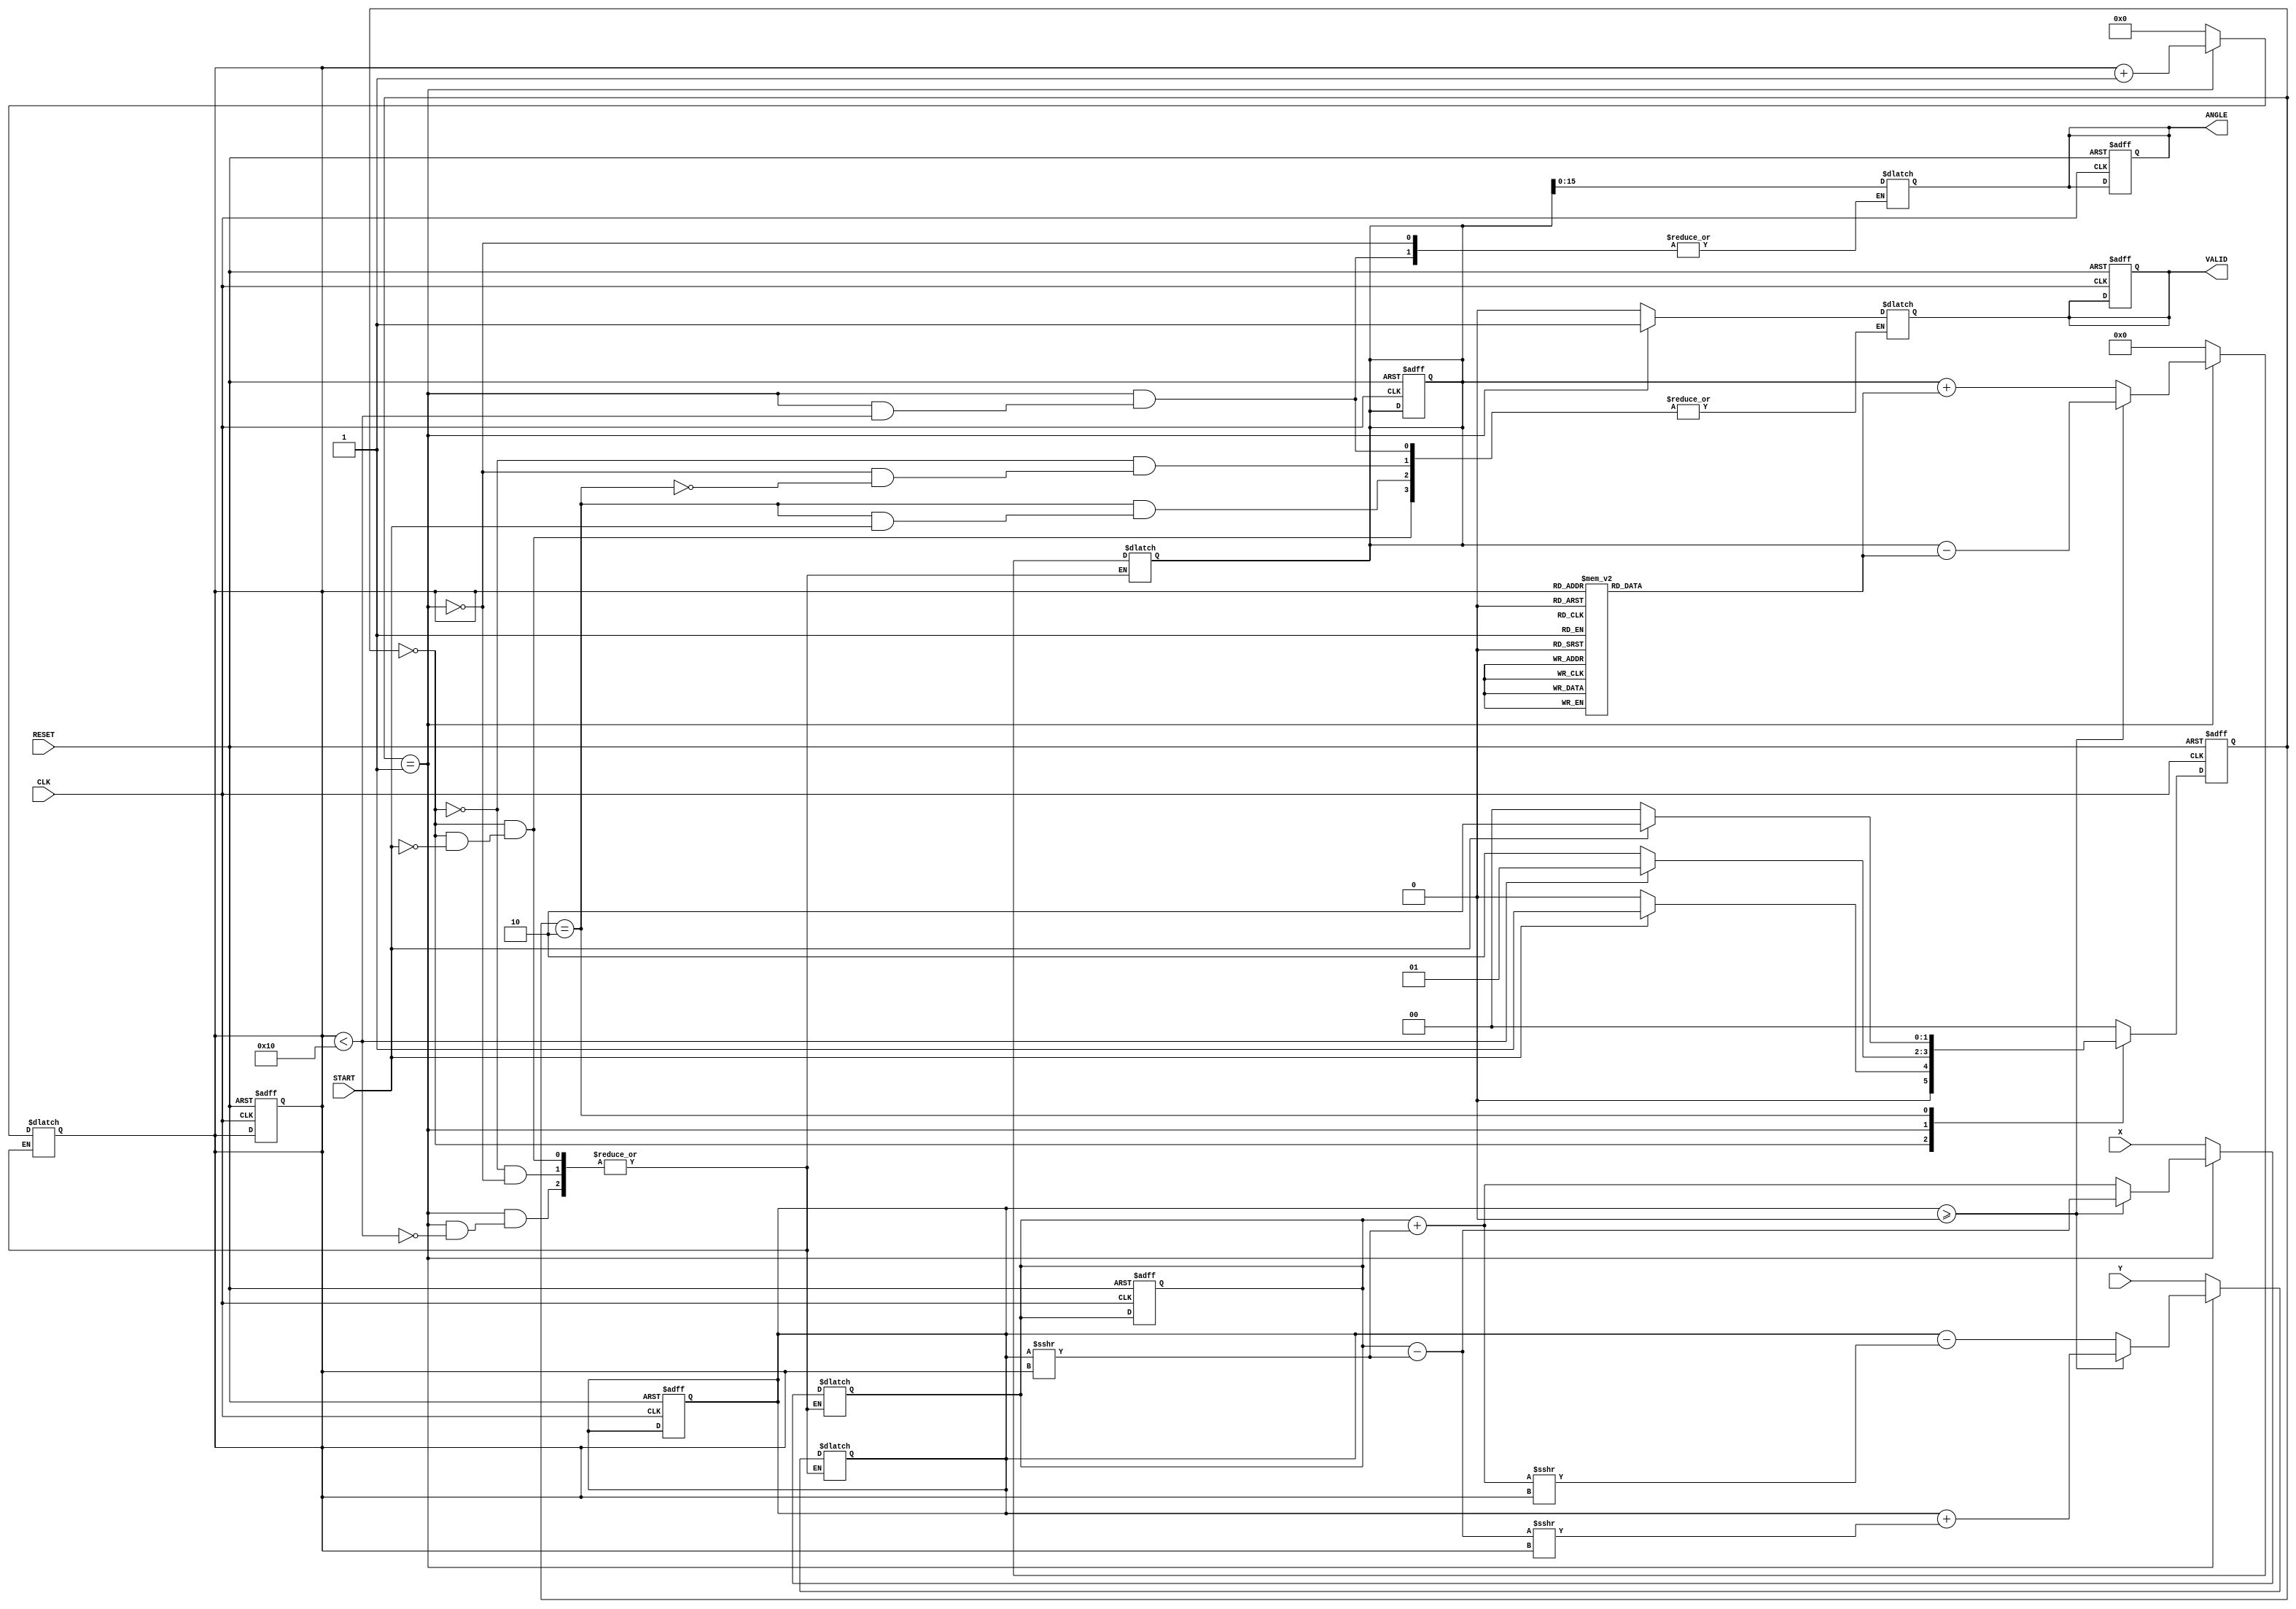
module vectoring_cordic (
    input signed [15:0] X,         // X-coordinate input
    input signed [15:0] Y,         // Y-coordinate input
    input CLK,                     // Clock signal
    input RESET,                   // Asynchronous reset
    input START,                   // Start signal
    output reg signed [15:0] ANGLE, // Computed angle output
    output reg VALID               // Valid signal
);

    // Internal registers and parameters
    reg signed [15:0] X_reg, Y_reg; // Registers for X and Y
    reg signed [31:0] Z;             // Accumulating angle value
    reg [3:0] iter;                  // Iteration counter
    reg [1:0] state;                 // FSM state
    reg [1:0] next_state;            // Next state for FSM

    // CORDIC angle lookup table (in fixed-point representation)
    reg signed [31:0] atan_table [0:15];
    initial begin
        atan_table[0] = 32'h00000000; // atan(2^0) = 0
        atan_table[1] = 32'h0000003F; // atan(2^-1) = 0.785398 (/4)
        atan_table[2] = 32'h00000020; // atan(2^-2) = 0.463648 (approx)
        atan_table[3] = 32'h00000015; // atan(2^-3) = 0.244979 (approx)
        atan_table[4] = 32'h0000000C; // atan(2^-4) = 0.124389 (approx)
        atan_table[5] = 32'h00000008; // atan(2^-5) = 0.062418 (approx)
        atan_table[6] = 32'h00000004; // atan(2^-6) = 0.031239 (approx)
        atan_table[7] = 32'h00000002; // atan(2^-7) = 0.015585 (approx)
        atan_table[8] = 32'h00000001; // atan(2^-8) = 0.007812 (approx)
        atan_table[9] = 32'h00000001; // atan(2^-9) = 0.003906 (approx)
        atan_table[10] = 32'h00000000; // atan(2^-10) = 0 (approx)
        atan_table[11] = 32'h00000000; // atan(2^-11) = 0 (approx)
        atan_table[12] = 32'h00000000; // atan(2^-12) = 0 (approx)
        atan_table[13] = 32'h00000000; // atan(2^-13) = 0 (approx)
        atan_table[14] = 32'h00000000; // atan(2^-14) = 0 (approx)
        atan_table[15] = 32'h00000000; // atan(2^-15) = 0 (approx)
    end

    // FSM states
    localparam IDLE = 2'b00;
    localparam COMPUTE = 2'b01;
    localparam DONE = 2'b10;

    // State transition logic
    always @(posedge CLK or posedge RESET) begin
        if (RESET) begin
            state <= IDLE;
            iter <= 0;
            VALID <= 0;
            X_reg <= 0;
            Y_reg <= 0;
            Z <= 0;
            ANGLE <= 0;
        end else begin
            state <= next_state;
        end
    end

    // FSM logic
    always @(*) begin
        case (state)
            IDLE: begin
                if (START) begin
                    X_reg = X;
                    Y_reg = Y;
                    Z = 0;
                    iter = 0;
                    next_state = COMPUTE;
                    VALID = 0;
                end else begin
                    next_state = IDLE;
                end
            end

            COMPUTE: begin
                if (iter < 16) begin
                    if (Y_reg >= 0) begin
                        // Clockwise rotation
                        X_reg = X_reg - (Y_reg >>> iter);
                        Y_reg = Y_reg + (X_reg >>> iter);
                        Z = Z - atan_table[iter];
                    end else begin
                        // Counter-clockwise rotation
                        X_reg = X_reg + (Y_reg >>> iter);
                        Y_reg = Y_reg - (X_reg >>> iter);
                        Z = Z + atan_table[iter];
                    end
                    iter = iter + 1;
                    next_state = COMPUTE;
                end else begin
                    ANGLE = Z[15:0]; // Take the lower 16 bits for output
                    VALID = 1;
                    next_state = DONE;
                end
            end

            DONE: begin
                if (!START) begin
                    VALID = 0;
                    next_state = IDLE;
                end else begin
                    next_state = DONE;
                end
            end

            default: next_state = IDLE;
        endcase
    end

endmodule